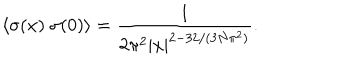
\langle \sigma ( x ) ~ \sigma ( 0 ) \rangle = \frac { 1 } { 2 \pi ^ { 2 } | x | ^ { 2 - 3 2 / ( 3 N \pi ^ { 2 } ) } } .